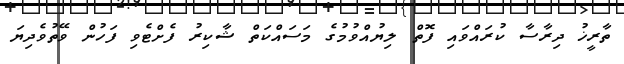
ތާރީޚު ދިރާސާ ކުރައްވައި ފޮތް ލިޔުއްވުމުގެ މަސައްކަތް ޝާކިރު ފެށްޓެވި ފަހުން ވޭތުވެދިޔަ